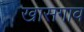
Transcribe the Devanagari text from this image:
खासगाव